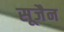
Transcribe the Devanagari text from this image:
सूजैन